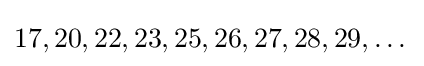
17,20,22,23,25,26,27,28,29,\dots